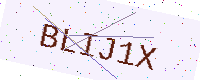
Text: BLIJ1X